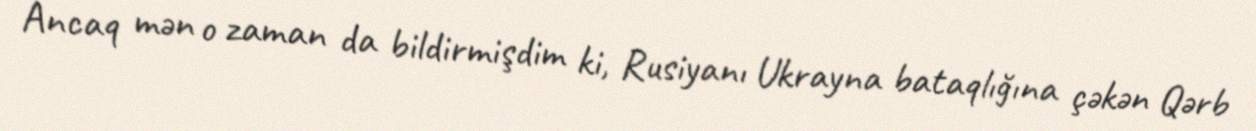
Ancaq mən o zaman da bildirmişdim ki, Rusiyanı Ukrayna bataqlığına çəkən Qərb